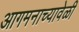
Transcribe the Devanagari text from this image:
आगमनाच्यावेळी